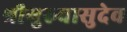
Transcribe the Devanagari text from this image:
श्रीगुरुवासुदेव